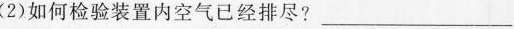
(2)如何检验装置内空气已经排尽?___